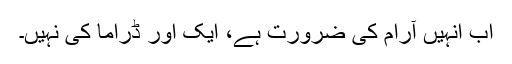
اب انہیں آرام کی ضرورت ہے، ایک اور ڈراما کی نہیں۔